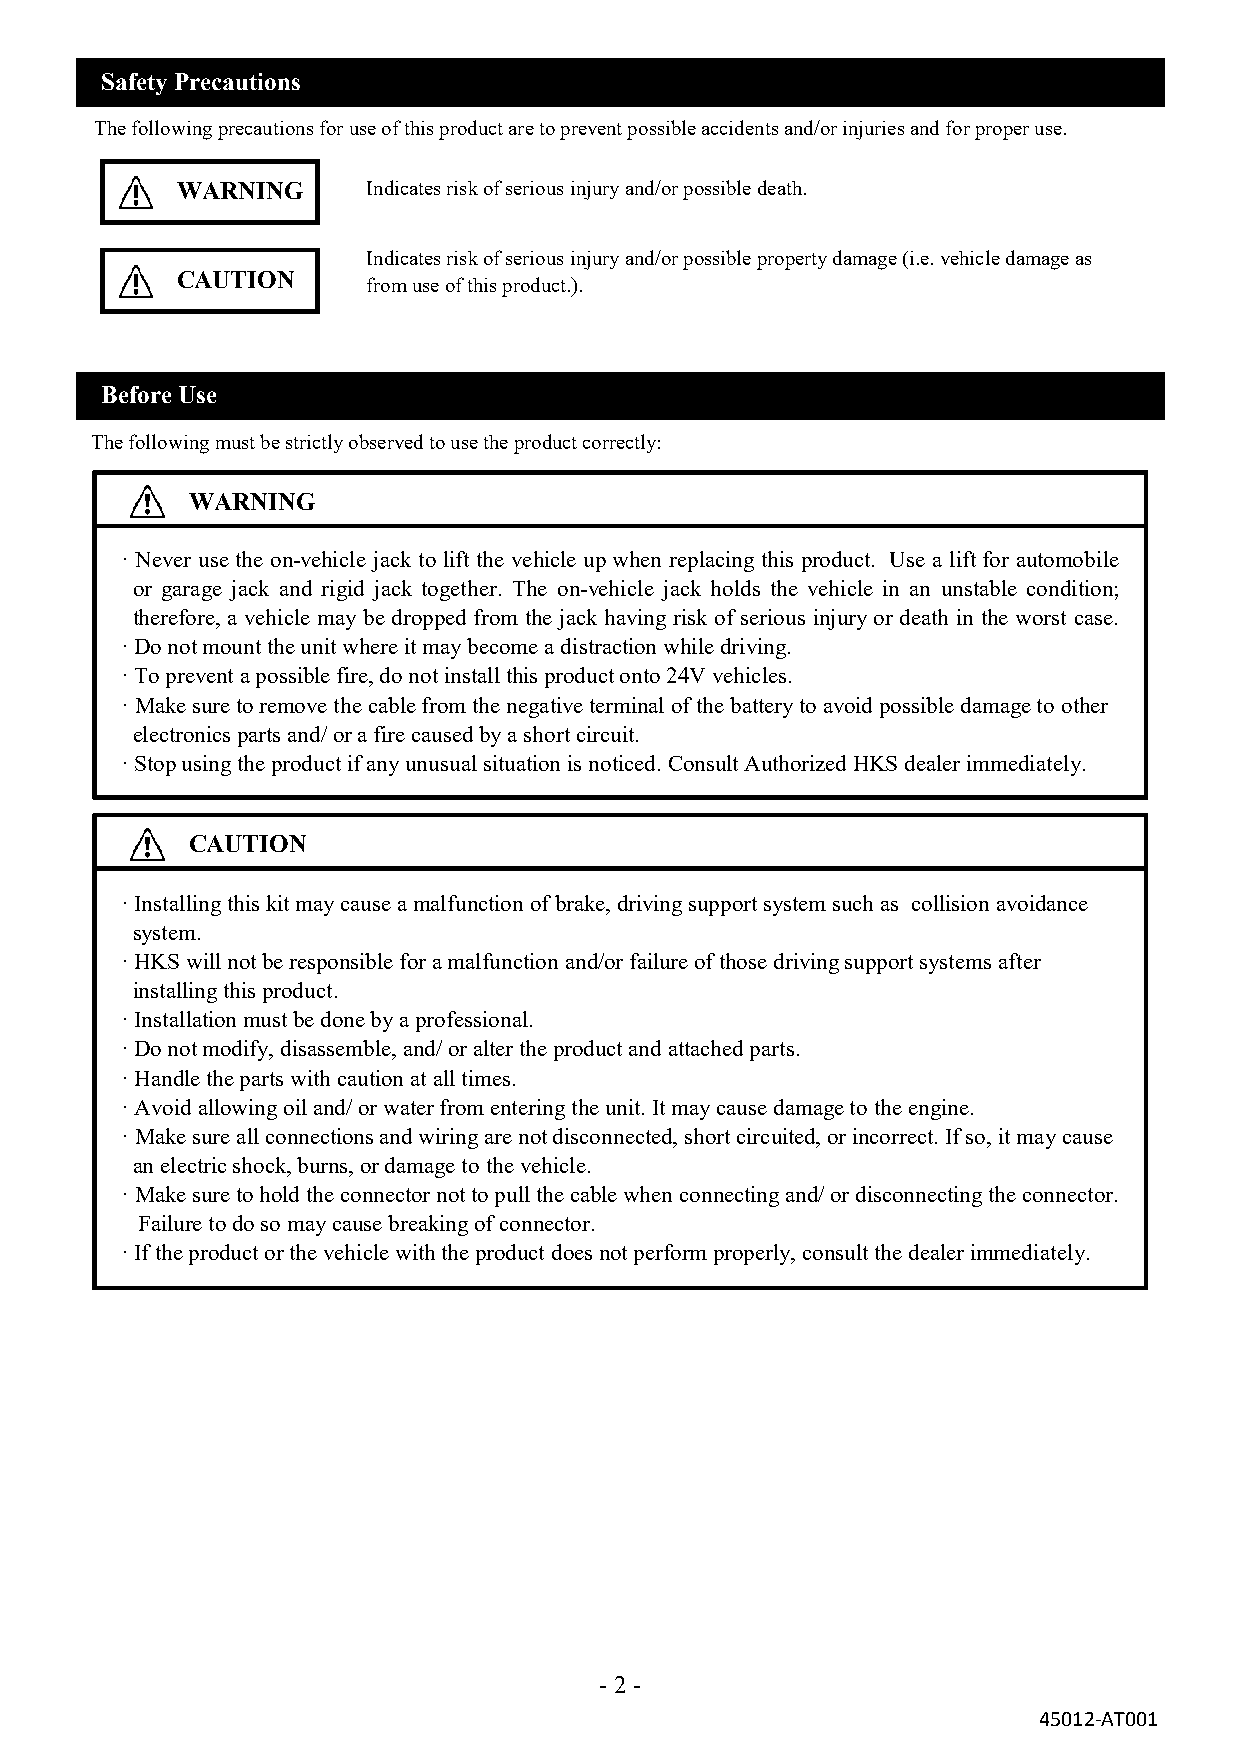
Safety Precautions
 The following precautions for use of this product are to prevent possible accidents and/or injuries and for proper use.
 WARNING     Indicates risk of serious injury and/or possible death.
 Indicates risk of serious injury and/or possible property damage (i.e. vehicle damage as
 CAUTION
 from use of this product.).
 Before Use
 The following must be strictly observed to use the product correctly:
 WARNING
 · Never use the on-vehicle jack to lift the vehicle up when replacing this product. Use a lift for automobile
 or garage jack and rigid jack together. The on-vehicle jack holds the vehicle in an unstable condition;
 therefore, a vehicle may be dropped from the jack having risk of serious injury or death in the worst case.
 · Do not mount the unit where it may become a distraction while driving.
 · To prevent a possible fire, do not install this product onto 24V vehicles.
 · Make sure to remove the cable from the negative terminal of the battery to avoid possible damage to other
 electronics parts and/ or a fire caused by a short circuit.
 · Stop using the product if any unusual situation is noticed. Consult Authorized HKS dealer immediately.
 CAUTION
 · Installing this kit may cause a malfunction of brake, driving support system such as collision avoidance
 system.
 · HKS will not be responsible for a malfunction and/or failure of those driving support systems after
 installing this product.
 · Installation must be done by a professional.
 · Do not modify, disassemble, and/ or alter the product and attached parts.
 · Handle the parts with caution at all times.
 · Avoid allowing oil and/ or water from entering the unit. It may cause damage to the engine.
 · Make sure all connections and wiring are not disconnected, short circuited, or incorrect. If so, it may cause
 an electric shock, burns, or damage to the vehicle.
 · Make sure to hold the connector not to pull the cable when connecting and/ or disconnecting the connector.
 Failure to do so may cause breaking of connector.
 · If the product or the vehicle with the product does not perform properly, consult the dealer immediately.
 - 2 -
 45012-AT001